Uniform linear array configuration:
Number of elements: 32
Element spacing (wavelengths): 1
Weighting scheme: exponential
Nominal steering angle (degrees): -45
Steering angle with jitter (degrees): -44.58
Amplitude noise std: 0.05
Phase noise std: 0.05

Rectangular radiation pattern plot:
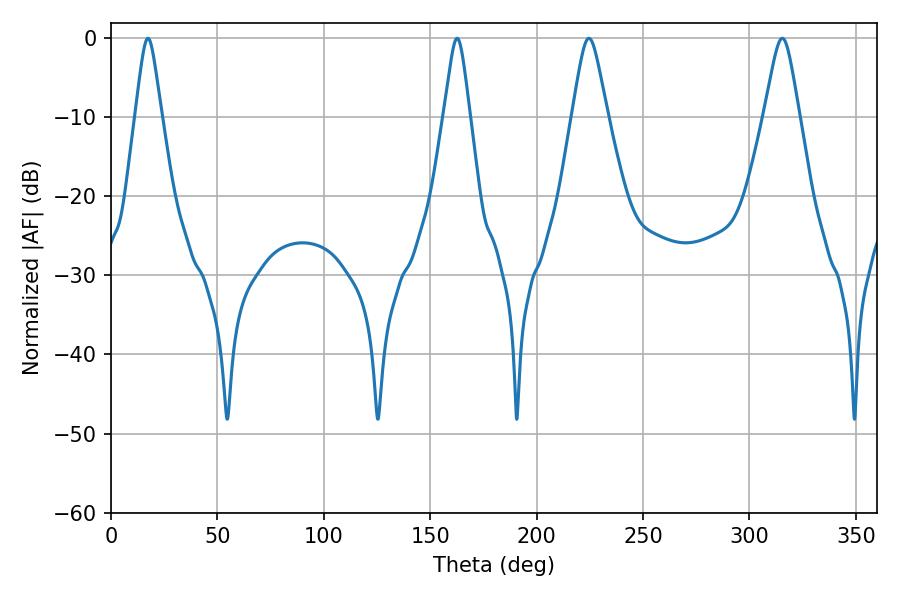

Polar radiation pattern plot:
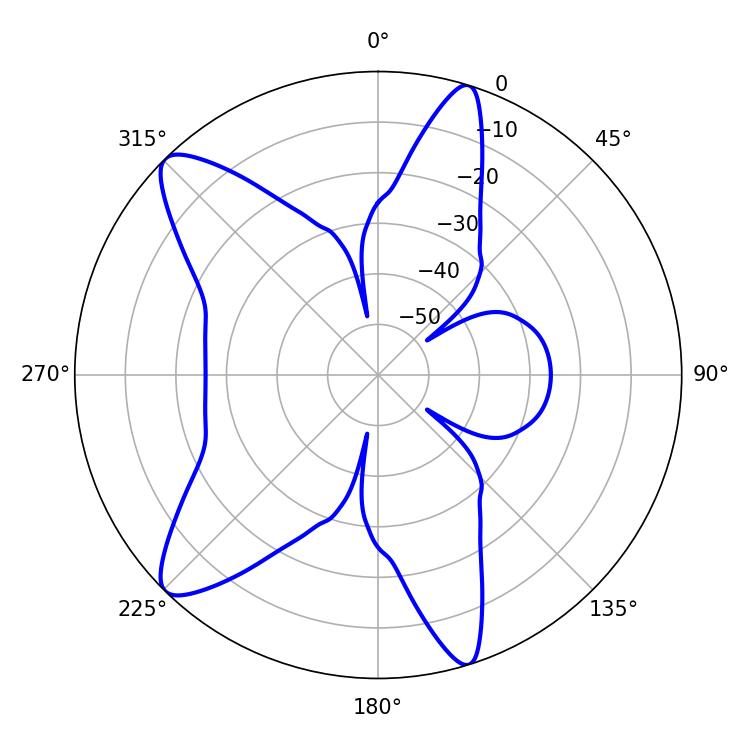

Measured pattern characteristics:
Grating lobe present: TRUE
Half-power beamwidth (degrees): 7.92
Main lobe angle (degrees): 224.64